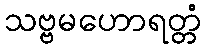
သဗ္ဗမဟောရတ္တံ